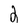
Character: 2